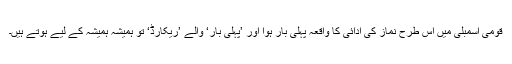
قومی اسمبلی میں اس طرح نماز کی ادائی کا واقعہ پہلی بار ہوا اور ’پہلی بار‘ والے ’ریکارڈ‘ تو ہمیشہ ہمیشہ کے لیے ہوتے ہیں۔